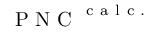
\mathrm { ~ P ~ N ~ C ~ } ^ { \mathrm { ~ c ~ a ~ l ~ c ~ . ~ } }